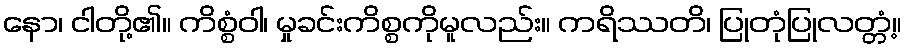
နော၊ ငါတို့၏။ ကိစ္စံဝါ၊ မှုခင်းကိစ္စကိုမူလည်း။ ကရိဿတိ၊ ပြုတုံပြုလတ္တံ့။